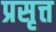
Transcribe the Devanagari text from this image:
प्रसृत्त